Elephants and their diseases
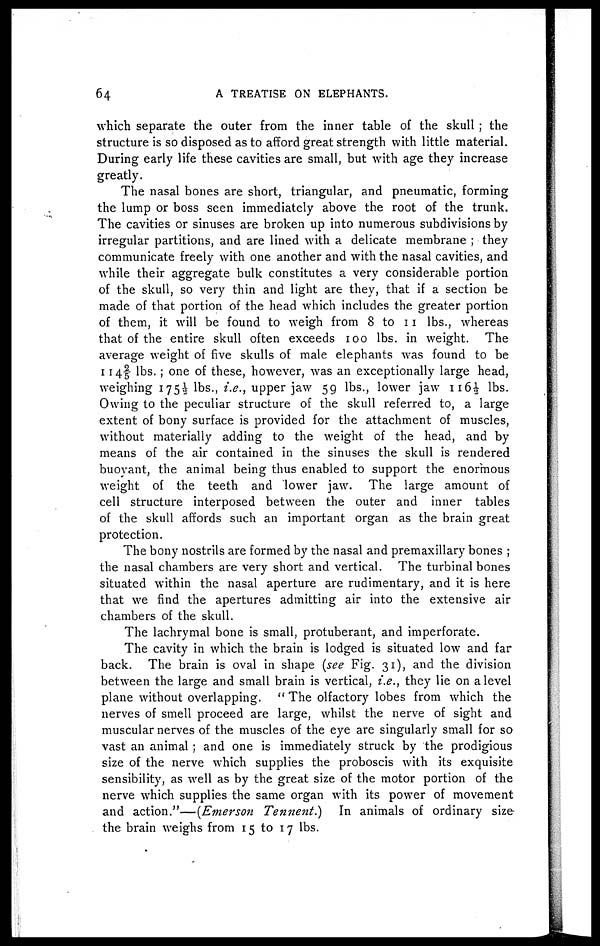
64
A TREATISE ON ELEPHANTS.
which separate the outer from the inner table of the skull ; the
structure is so disposed as to afford great strength with little material.
During early life these cavities are small, but with age they increase
greatly.
The nasal bones are short, triangular, and pneumatic, forming
the lump or boss seen immediately above the root of the trunk.
The cavities or sinuses are broken up into numerous subdivisions by
irregular partitions, and are lined with a delicate membrane ; they
communicate freely with one another and with the nasal cavities, and
while their aggregate bulk constitutes a very considerable portion
of the skull, so very thin and light are they, that if a section be
made of that portion of the head which includes the greater portion
of them, it will be found to weigh from 8 to 11 lbs., whereas
that of the entire skull often exceeds 100 lbs. in weight. The
average weight of five skulls of male elephants was found to be
114 2/5 lbs. ; one of these, however, was an exceptionally large head,
weighing 175½ lbs., i.e., upper jaw 59 lbs., lower jaw 116½ lbs.
Owing to the peculiar structure of the skull referred to, a large
extent of bony surface is provided for the attachment of muscles,
without materially adding to the weight of the head, and by
means of the air contained in the sinuses the skull is rendered
buoyant, the animal being thus enabled to support the enormous
weight of the teeth and lower jaw. The large amount of
cell structure interposed between the outer and inner tables
of the skull affords such an important organ as the brain great
protection.
The bony nostrils are formed by the nasal and premaxillary bones ;
the nasal chambers are very short and vertical. The turbinal bones
situated within the nasal aperture are rudimentary, and it is here
that we find the apertures admitting air into the extensive air
chambers of the skull.
The lachrymal bone is small, protuberant, and imperforate.
The cavity in which the brain is lodged is situated low and far
back. The brain is oval in shape (see Fig. 31), and the division
between the large and small brain is vertical, i.e., they lie on a level
plane without overlapping. " The olfactory lobes from which the
nerves of smell proceed are large, whilst the nerve of sight and
muscular nerves of the muscles of the eye are singularly small for so
vast an animal ; and one is immediately struck by the prodigious
size of the nerve which supplies the proboscis with its exquisite
sensibility, as well as by the great size of the motor portion of the
nerve which supplies the same organ with its power of movement
and action."—(Emerson Tennent.)
In animals of ordinary size
the brain weighs from 15 to 17 lbs.